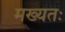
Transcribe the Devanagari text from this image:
मख्यतः